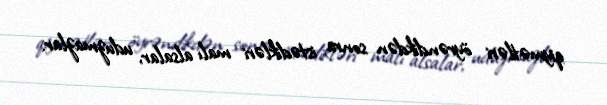
qiymətləri öyrəndikdən sonra istədikləri malı alsalar, uduzmazlar.